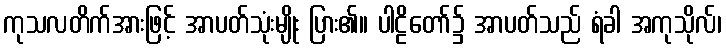
ကုသလတိက်အားဖြင့် အာပတ်သုံးမျိုး ပြား၏။ ပါဠိတော်၌ အာပတ်သည် ရံခါ အကုသိုလ်၊